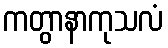
ကတွာနာကုသလံ